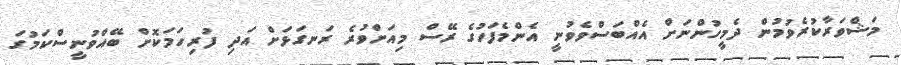
މަޝްވަރާކުރެވުމުން ދެމީހުންނަށް އެއްބަސްވެވުނީ އެންމެފަހުގެ ރޭސް މިއަށްވުރެ ރަނގަޅަށް އަދި ފުރިހަމަކޮށް ބޭއްވުނީސްކަމުގަ